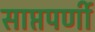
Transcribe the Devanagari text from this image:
साप्तपर्णी